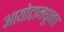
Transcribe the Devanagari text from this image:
आयोटामधूनच